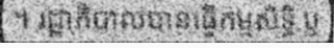
។ រដ្ឋាភិបាលបានធ្វើកម្មសិទ្ធិ ឬ